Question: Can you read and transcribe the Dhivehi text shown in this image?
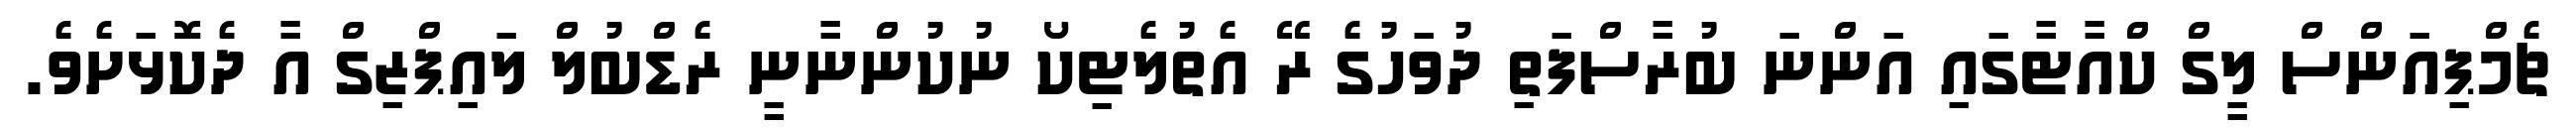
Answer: ޗެމްޕިއަންސް ލީގް ކްއާޓާގައި އަންނަ ބުރާސްފަތި ދުވަހުގެ ރޭ އެތުލެޓިކޯ ނުކުންނާނީ ރެޑްބުލް ލައިޕްޒިގް އާ ދެކޮޅަށެވެ.